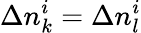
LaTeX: \Delta n_{k}^{i}=\Delta n_{l}^{i}